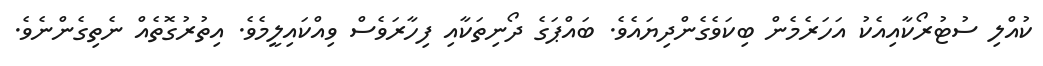
ކުއްލި ސުޓުރޯކާއިއެކު އަހަރެމެން ބިކަވެގެންދިޔައެވެ. ބައްޕަގެ ދޯނިތަކާއި ފިހާރަވެސް ވިއްކައިލީމެވެ. އިތުރުގޮތެއް ނެތިގެންނެވެ.